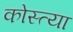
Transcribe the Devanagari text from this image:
कोस्त्या